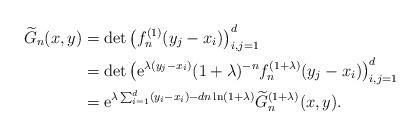
LaTeX: \begin{align*} \widetilde G_{n}(x,y) &= \mathrm{det}\left( f_n^{(1)}(y_j-x_i)\right)_{i, j = 1}^d\\&=\mathrm{det}\left(\mathrm{e}^{\lambda(y_j-x_i)} (1+\lambda)^{-n}f_n^{(1+\lambda)}(y_j-x_i)\right)_{i, j = 1}^d\\&= \mathrm{e}^{\lambda\sum_{i=1}^d (y_i-x_i)-dn\ln(1+\lambda)}\widetilde G_{n}^{(1+\lambda)}(x,y).\end{align*}